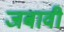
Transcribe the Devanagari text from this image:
जबावी